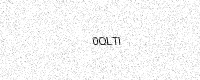
Text: 0QLTI